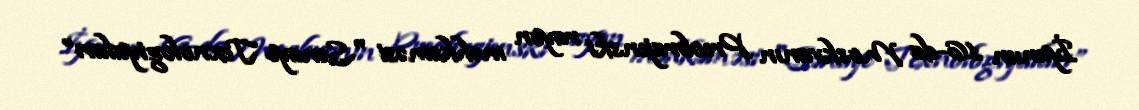
İyunun 16-da Moskvanın Preobrajenski rayon məhkəməsi "Sənaye Texnologiyaları”